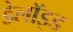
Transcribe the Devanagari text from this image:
डेलॉइड